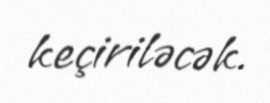
keçiriləcək.